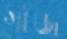
গাঁজ